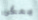
يمكن